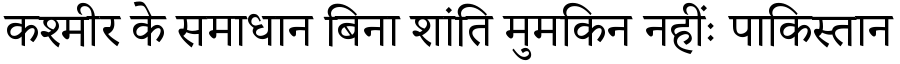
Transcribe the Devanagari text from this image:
कश्मीर के समाधान बिना शांति मुमकिन नहींः पाकिस्तान